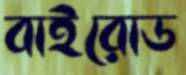
বাইরোড